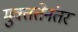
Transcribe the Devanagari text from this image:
मुक्ततेनंतर